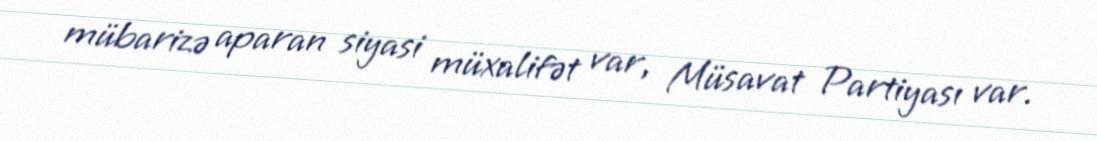
mübarizə aparan siyasi müxalifət var, Müsavat Partiyası var.